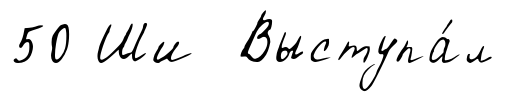
50 Ши Выступа́л